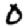
Digit: 0